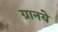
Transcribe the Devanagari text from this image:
ग्रानये